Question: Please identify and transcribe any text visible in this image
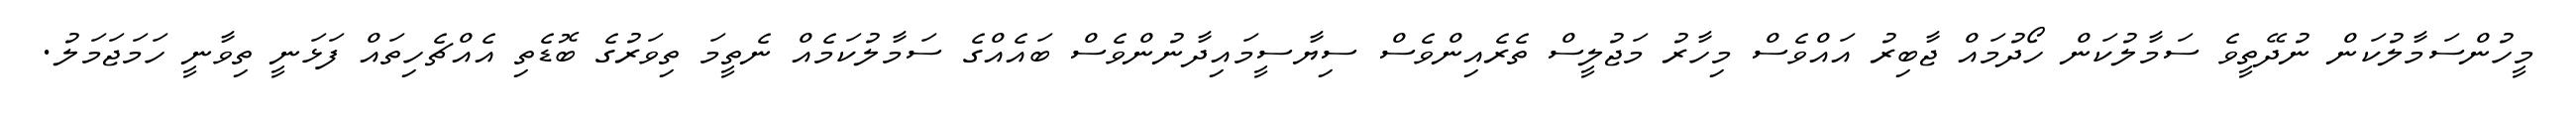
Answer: މީހުންސަމާލުކަން ނުދޭތީވެ ސަމާލުކަން ހޯދުމައް ޖާބިރު އައްވެސް މިހާރު މަޖުލީސް ތެރެއިންވެސް ސިޔާސީމައިދާނުންވެސް ބައެއްގެ ސަމާލުކަމެއް ނެތީމަ ތިވަރުގެ ބޮޑެތި އެއްޗެހިތައް ފަޅަނީ ތިވާނީ ހަމަޖަމަލު.